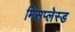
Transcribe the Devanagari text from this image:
मिसप्लेस्ड